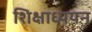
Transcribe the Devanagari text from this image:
शिक्षाध्ययन